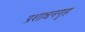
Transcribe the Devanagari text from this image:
प्रशाधनगृह